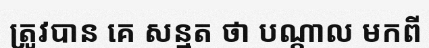
ត្រូវបាន គេ សន្មត ថា បណ្តាល មកពី